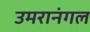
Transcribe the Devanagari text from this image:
उमरानंगल